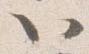
以